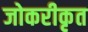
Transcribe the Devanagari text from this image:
जोकरीकृत